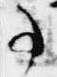
事